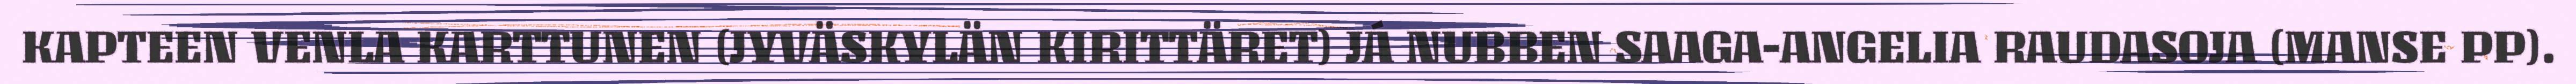
KAPTEEN VENLA KARTTUNEN (JYVÄSKYLÄN KIRITTÄRET) JÁ NUBBEN SAAGA-ANGELIA RAUDASOJA (MANSE PP).